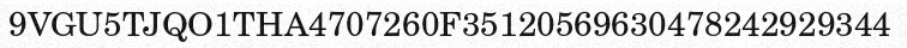
9VGU5TJQO1THA4707260F35120569630478242929344